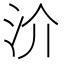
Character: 𣲤